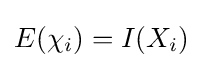
E(\chi _{i})=I(X_{i})